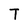
Character: T